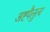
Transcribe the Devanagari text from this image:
अष्टपैलुत्व